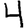
Digit: 4